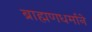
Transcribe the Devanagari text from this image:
ब्राह्मणधर्माने